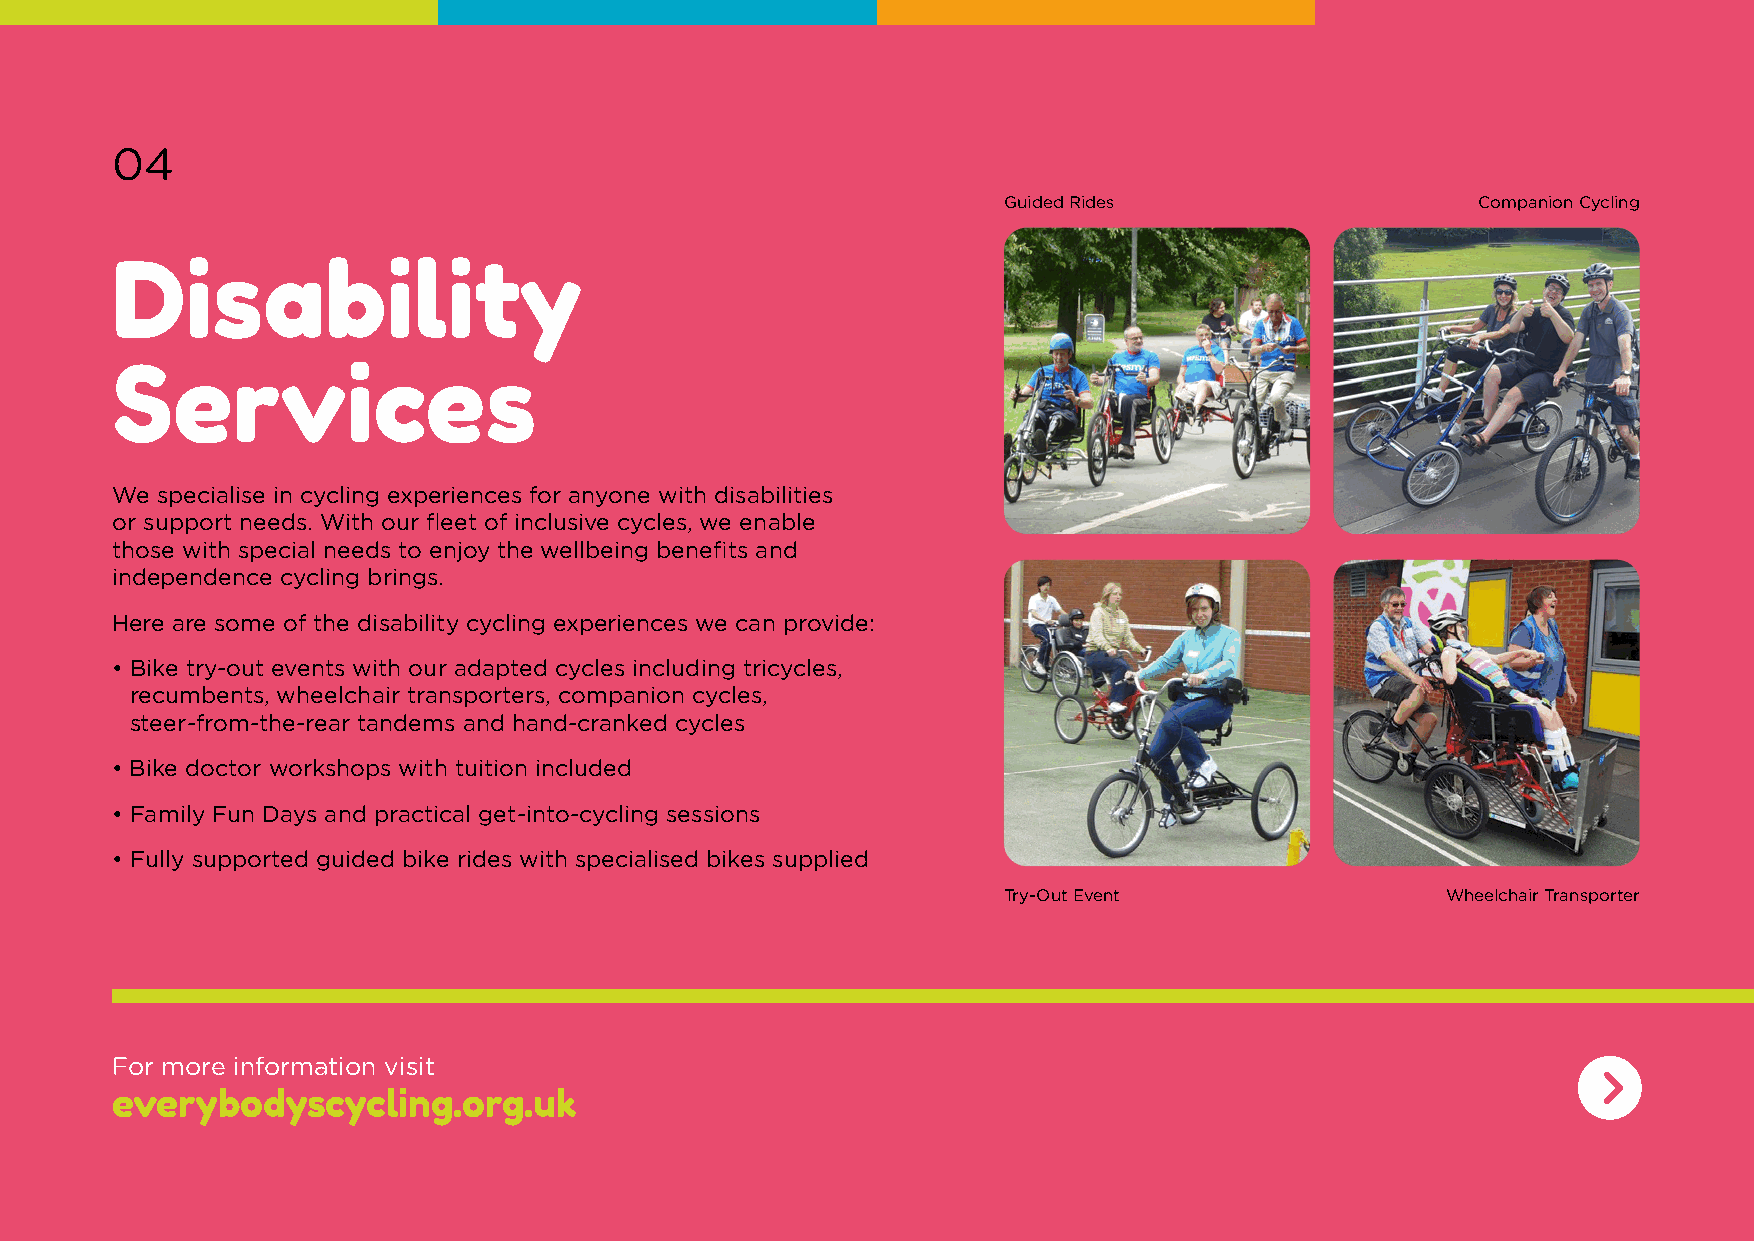
04
 Guided Rides                    Companion Cycling
 Disability
 Services
 We specialise in cycling experiences for anyone with disabilities
 or support needs. With our fleet of inclusive cycles, we enable
 those with special needs to enjoy the wellbeing benefits and
 independence cycling brings.
 Here are some of the disability cycling experiences we can provide:
 • Bike try-out events with our adapted cycles including tricycles,
 recumbents, wheelchair transporters, companion cycles,
 steer-from-the-rear tandems and hand-cranked cycles
 • Bike doctor workshops with tuition included
 • Family Fun Days and practical get-into-cycling sessions
 • Fully supported guided bike rides with specialised bikes supplied
 Try-Out Event                 Wheelchair Transporter
 For more information visit
 everybodyscycling.org.uk